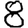
Digit: 8